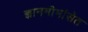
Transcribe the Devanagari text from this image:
ज्ञानमीमांसेत